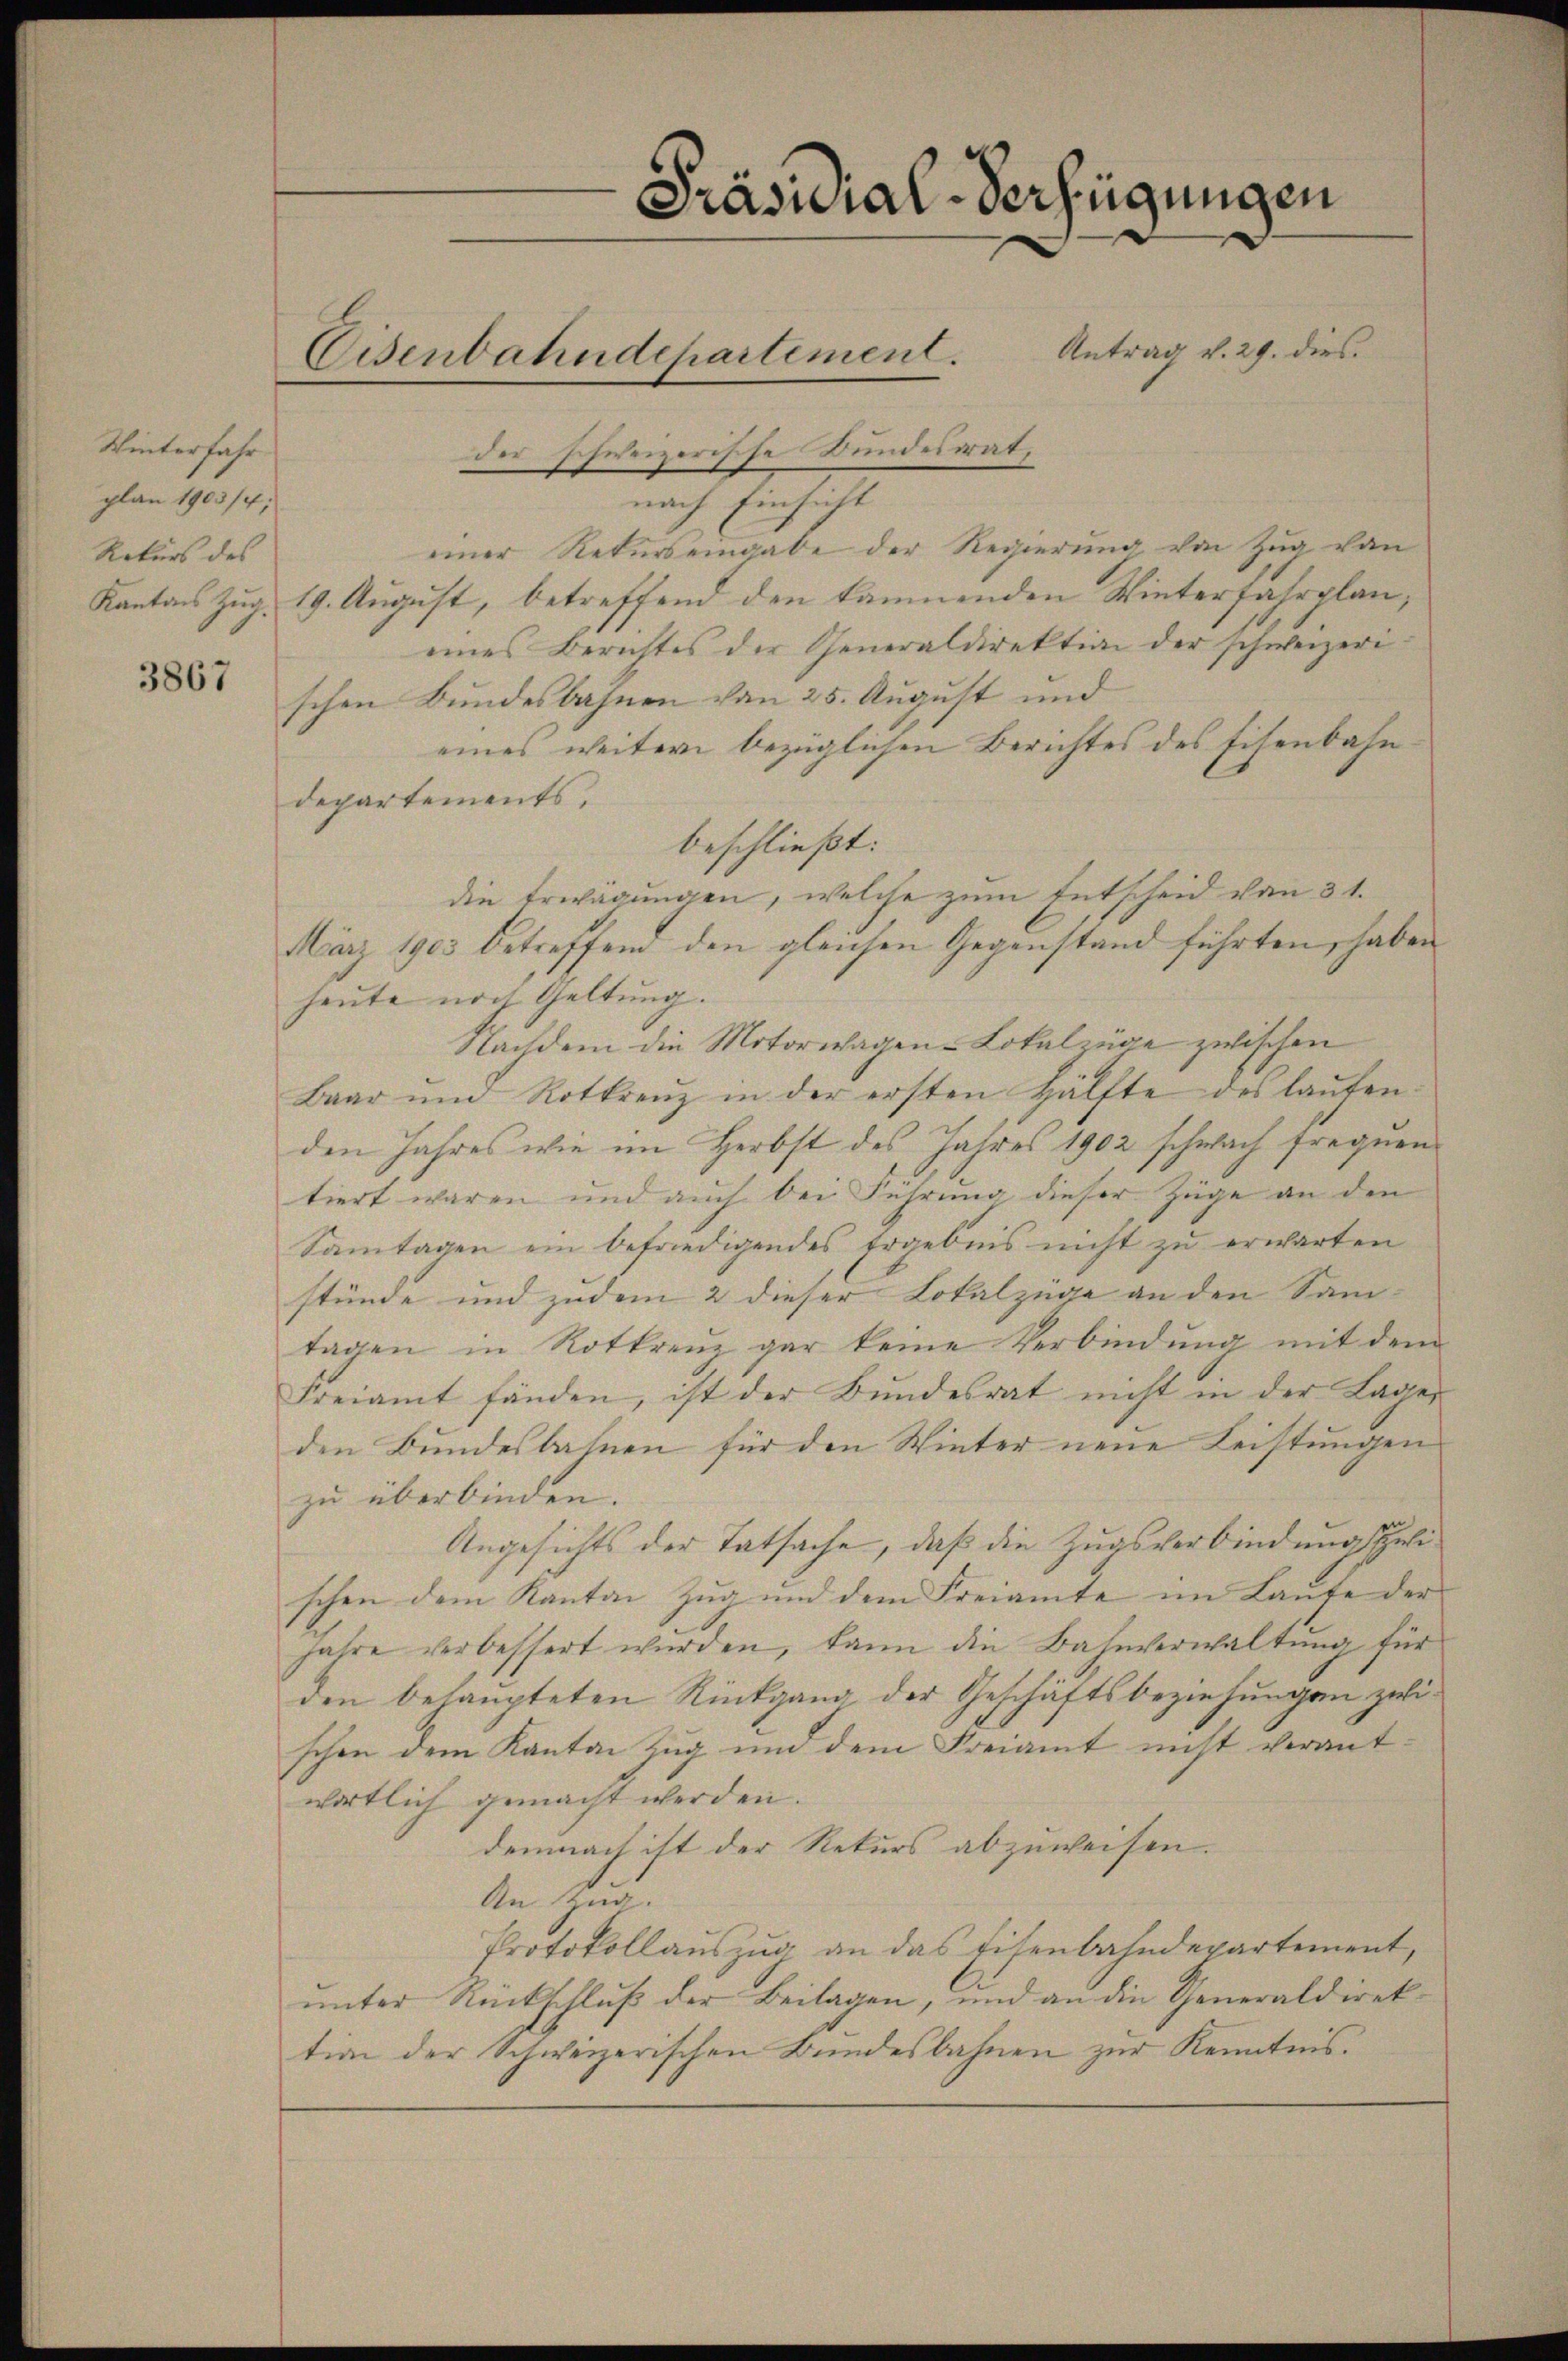
Winterfahr
plan 1903/4;
Rekurs des

3867

der schweizerische Bundesrat,
nach Einsicht
einer Rekurs eingabe der Regierung von Zug von
Kantons Zug. 19. August, betreffend den kämmenden Winterfahrplaneines Berichtes der Generaldirektion der schweizerischen Bundesbahnen von 25. August und
eines weitern bezüglichen Berichtes des Eisenbahndepartements,
beschließt:
die Erwägungen, welche zum Entscheid von 31.
März 1903 betreffend den gleichen Gegenstand führten, haben
heute noch Geltung.
Nachdem die Motorwagen-Lokalzüge zwischen
Baar und Rotkreŭz in der ersten Hälfte des laŭfen-
den Jahres wie im Herbst des Jahres 1902 schwach frequen
tiert waren und auch bei Führung dieser Züge an den
Samtagen ein befriedigendes Ergebnis nicht zu erwarten
stünde und zudem 2 dieser Lokalzüge an den Sam-
tagen in Rotkreuz gar keine Verbindung mit dem
Freiamt fänden, ist der Bŭndesrat nicht in der Lager
den Bundesbahnen für den Winter neue Leistungen
zu überbinden.
Angesichts der Tatsache, daß die Zugsverbindungspolischen dem Kanton Zŭg und dem Freiamte im Laŭfe der
jahre verbessert wurden, kann die Bahnverwaltung für
den behaupteten Rückgang der Geschäftsbeziehungen zwischon dem Kanton Zug und dem Freiamt nicht verant-
wortlich gemacht werden.
demnach ist der Rekurs abzuweisen.
An Zug
Protokollauszug an das Eisenbahndepartement,
unter Rückschluß der Beilagen, und an die Generaldirektion der Schweizerischen Bundesbahnen zur Kenntnis.

Präsidial-Verfügungen
Antrag v. 29. dies
Eisenbahndepartement.